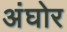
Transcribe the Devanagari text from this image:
अंघोर